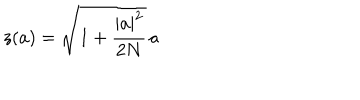
z ( a ) = \sqrt { 1 + \frac { | a | ^ { 2 } } { 2 N } } \, a